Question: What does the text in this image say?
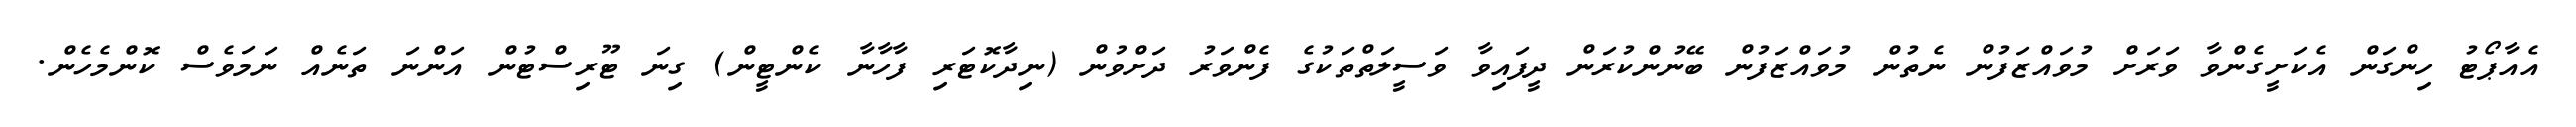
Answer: އެއާޕޯޓު ހިންގަން އެކަށީގެންވާ ވަރަށް މުވައްޒަފުން ނެތުން މުވައްޒަފުން ބޭނުންކުރަން ދީފައިވާ ވަސީލަތްތަކުގެ ފެންވަރު ދަށްވުން (ނިދާކޮޓަރި ފާހާނާ ކެންޓީން) ގިނަ ޓޫރިސްޓުން އަންނަ ތަނެއް ނަމަވެސް ކޮންމެހެން.